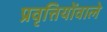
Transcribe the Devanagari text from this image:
प्रवृत्तियोंवाले